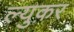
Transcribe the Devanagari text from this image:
ल्युकर